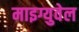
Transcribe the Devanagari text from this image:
माइग्युवेल